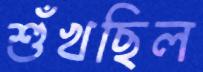
শুঁখছিল